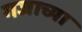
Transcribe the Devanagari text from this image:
गजाच्या